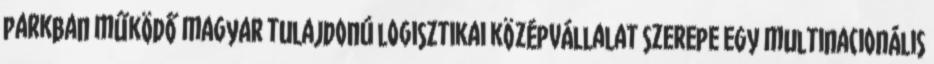
parkban működő magyar tulajdonú logisztikai középvállalat szerepe egy multinacionális